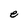
Character: e